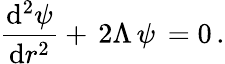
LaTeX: \frac{\mathrm{d}^{2}\psi}{\mathrm{d}r^{2}}+\, 2\Lambda\, \psi\, =0\, .